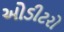
ઓડીટરો